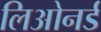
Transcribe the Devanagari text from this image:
लिओनर्ड